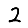
Digit: 2